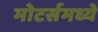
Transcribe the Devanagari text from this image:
मोटर्समध्ये